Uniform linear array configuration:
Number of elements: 12
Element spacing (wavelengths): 0.5
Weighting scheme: binomial
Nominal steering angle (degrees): -45
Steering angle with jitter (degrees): -46.425
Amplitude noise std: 0.05
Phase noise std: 0.05

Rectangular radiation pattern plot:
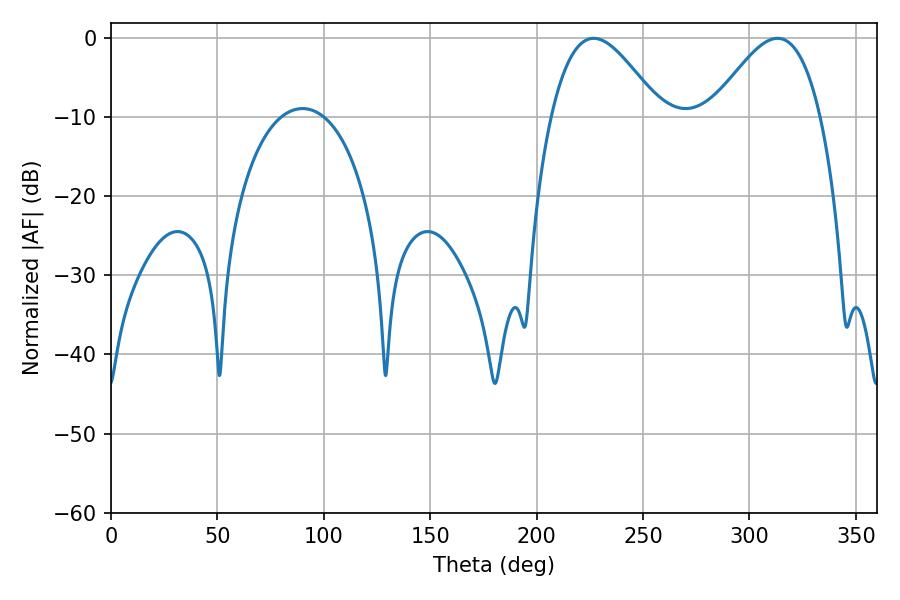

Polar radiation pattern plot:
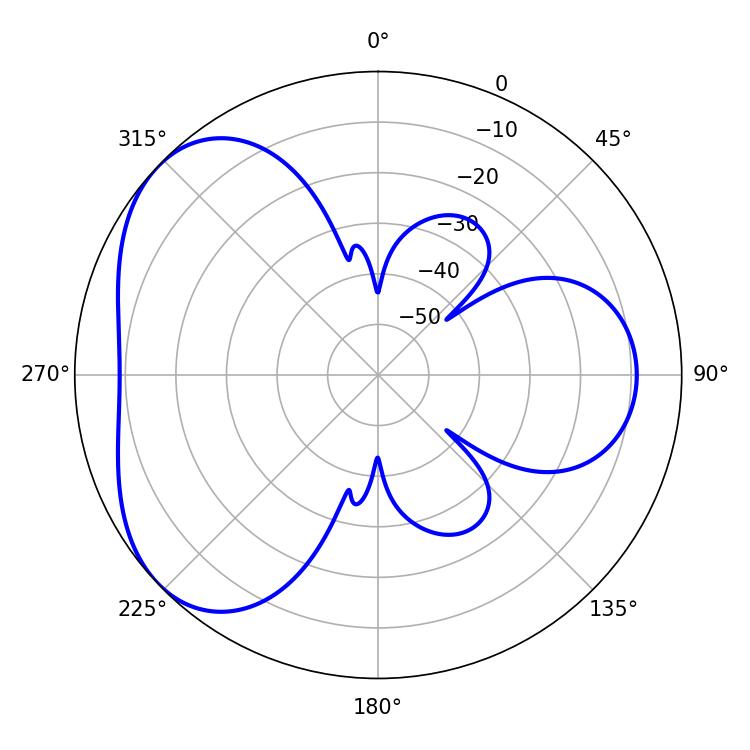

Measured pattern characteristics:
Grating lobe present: FALSE
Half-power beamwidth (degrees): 27.54
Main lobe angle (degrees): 226.8